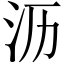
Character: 沥